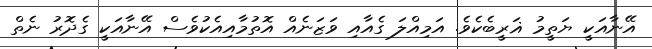
އޭނާއަކީ ޔަތީމު ޣަރީބެކެވެ. އަމިއްލަ ގެއާއި ވަޒަނެއް އޮތުމާއިއެކުވެސް އޭނާއަކީ ގެދޮރު ނެތް